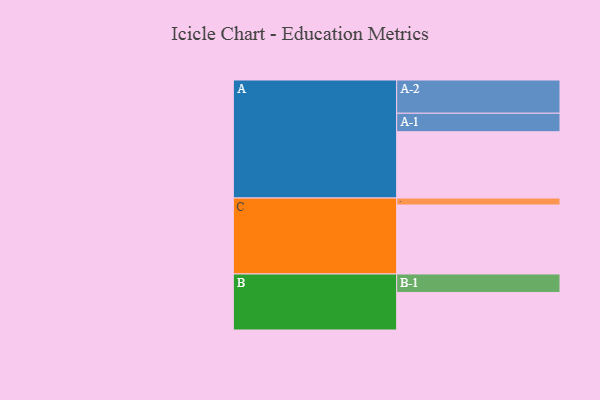
{"axis": {"x": "Segment", "y": "Value"}, "legend": ["", "A", "B", "C"], "data": [{"x": "A", "y": 553, "type": ""}, {"x": "B", "y": 313, "type": ""}, {"x": "C", "y": 575, "type": ""}, {"x": "A-1", "y": 154, "type": "A"}, {"x": "A-2", "y": 277, "type": "A"}, {"x": "B-1", "y": 154, "type": "B"}, {"x": "C-1", "y": 58, "type": "C"}]}